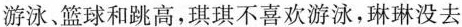
游泳、篮球和跳高，琪琪不喜欢游泳，琳琳没去